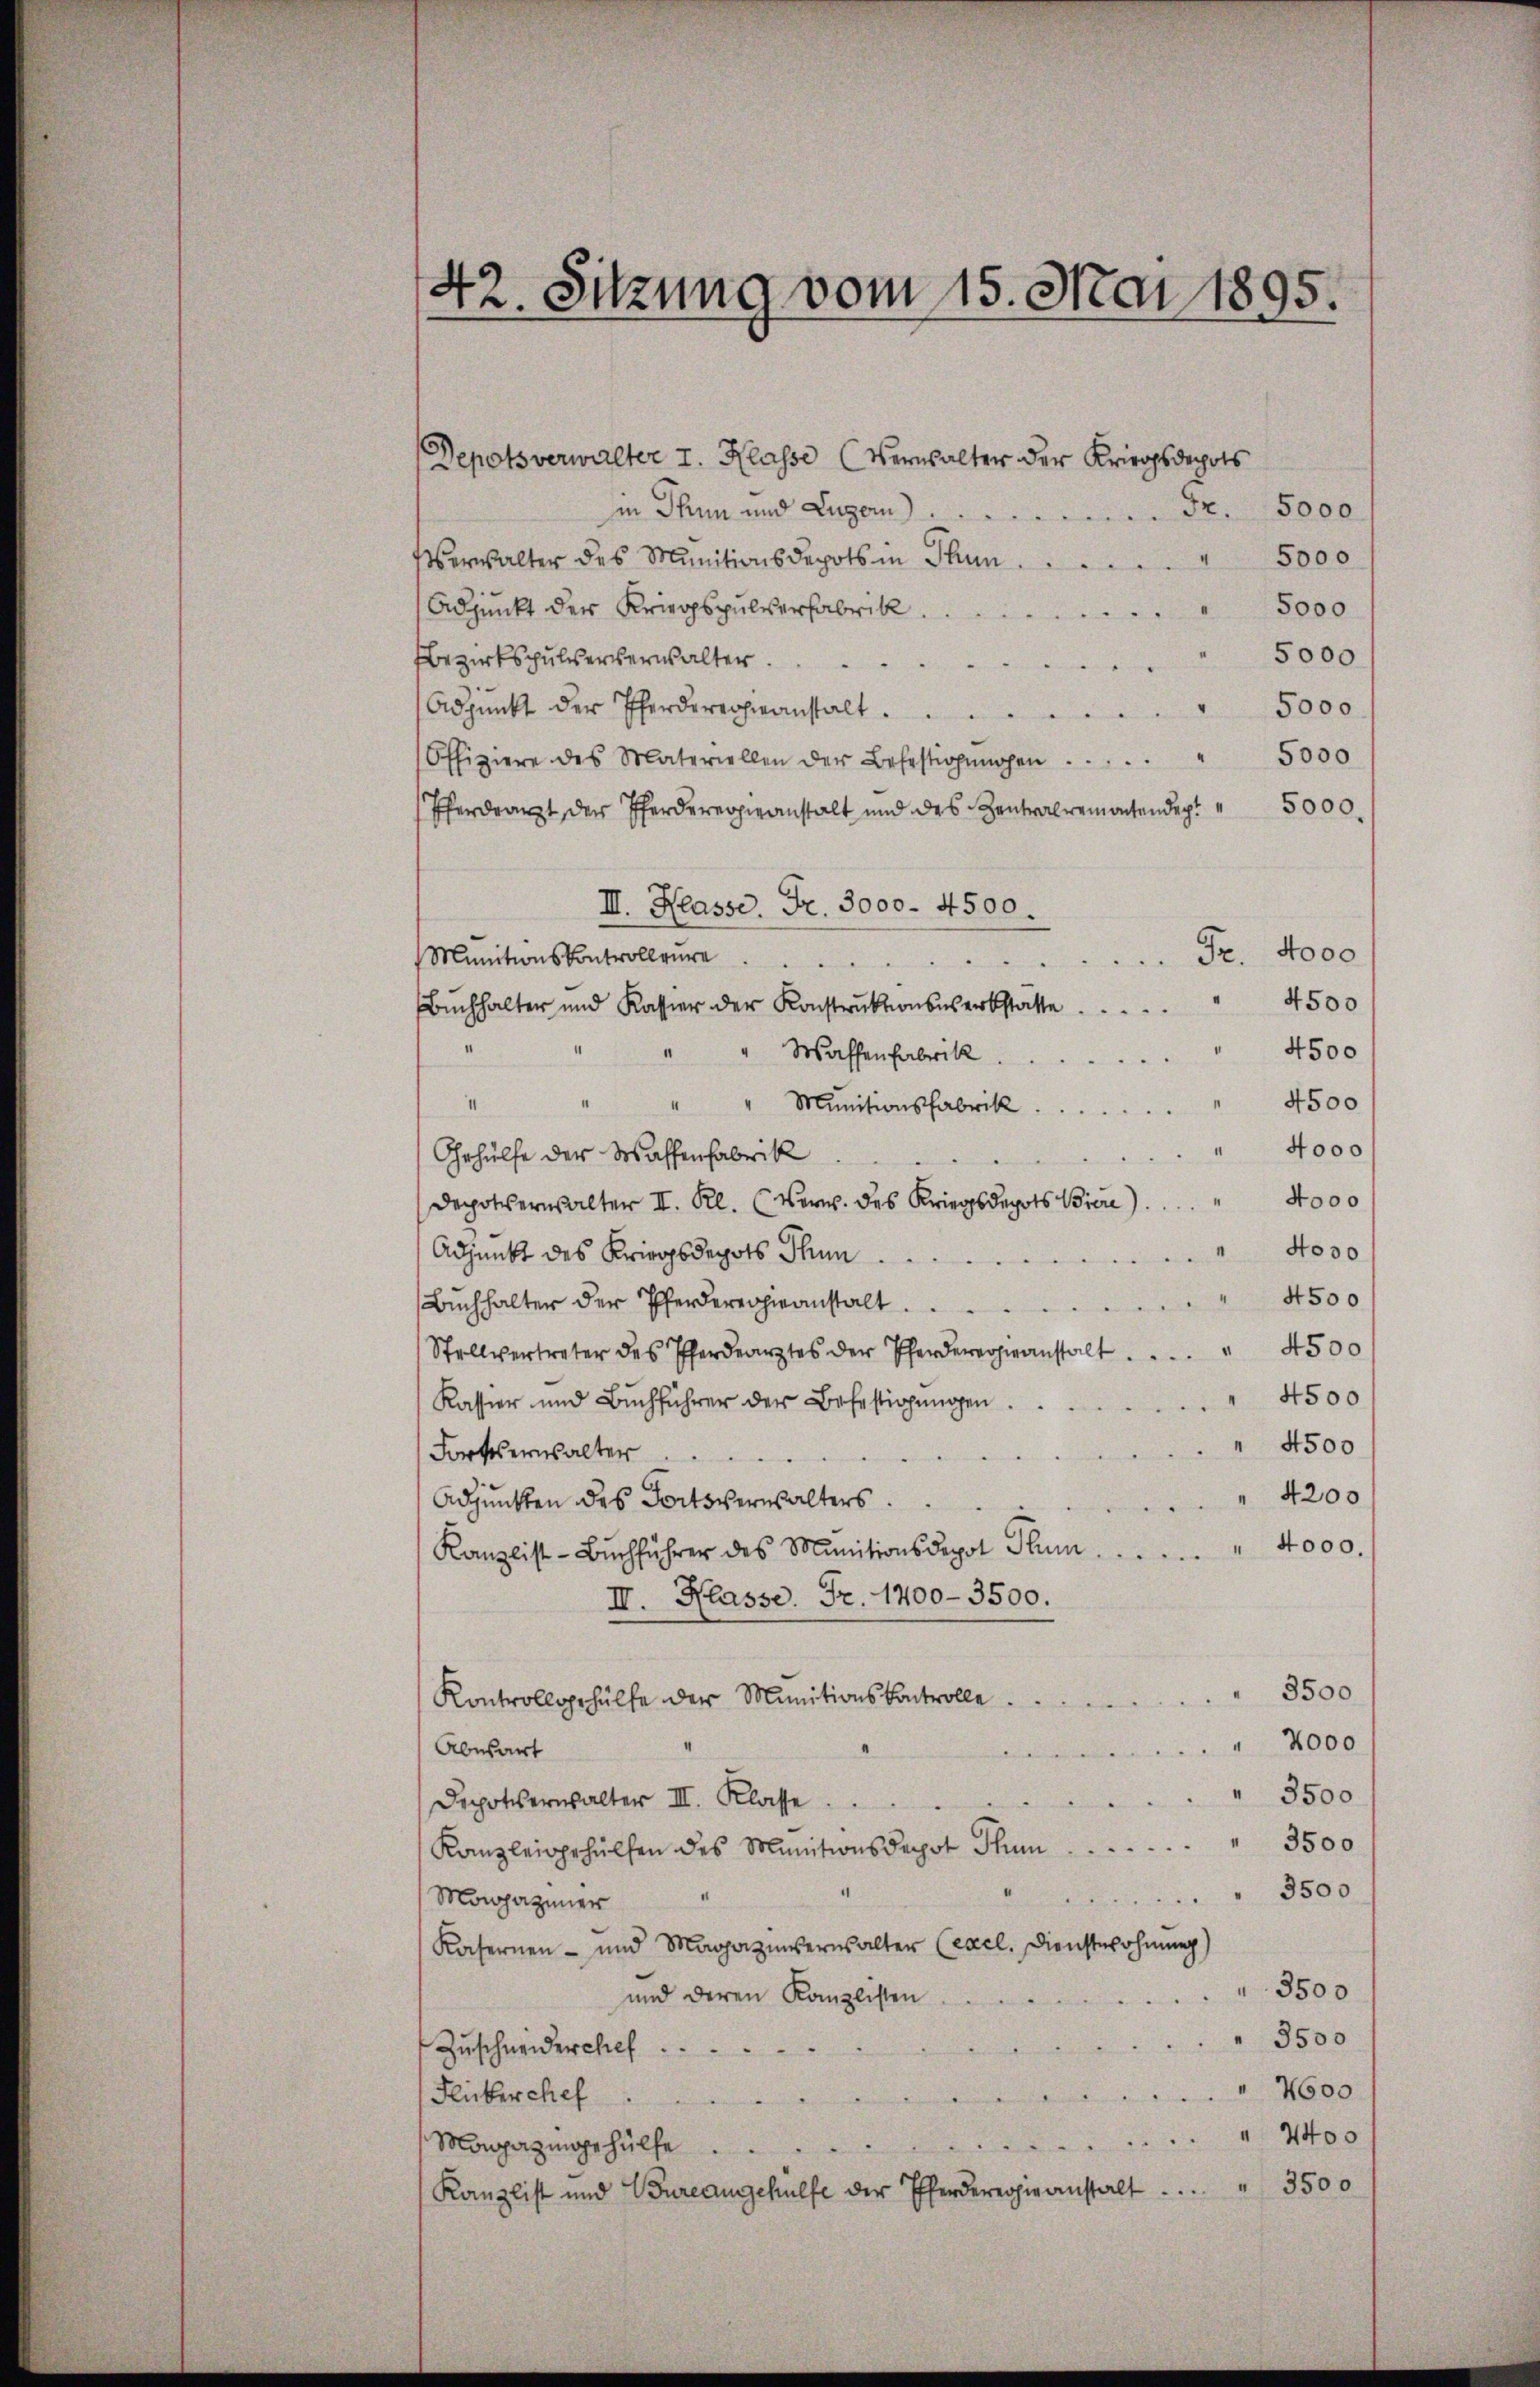
42. Sitzung vom 15. Mai 1895.

Depotsverwalter I. Klasse (Verwalter der Kriegsdepots
in Thun und Luzern 2. 5000
Verwalter des Munitionsdepots in Thun . . . . . . 5000
Adjunkt der Kriegspulverfabrik. 5000
5000
Bezirkspulserverwalter.
5000
Adpunkt der Pferdererheeanstalt
Offiziere des Materiellen der Befestigungen . . . . . 5000
Pferdearzt der Pferdererpieanstalt und des Zentralemachendep. " 5000.
III. Klasse. Fr. 3000. 4500.
Fr. 4000
Munitionskontrolleure
" 4500
Buchhalter und Kassier der Konstruktionswerkstatte
4500
Waffenfabrik
4500
1
" Munitionsfabrik
4000
Gehülfe der Waffenfabrik
4000
Depoterwalter II. Kl. (Ver. des Kriegsdepots Biere).
4030
Adjunkt des Kriegsdepots Thun
4500
Bŭchhalter der Pferdererhieanstalt
4500
Stellvertreter des Pferdearztes der Pferderanstalt
4500
Kassier und Buchführer der Befestigungen.
4500
Fortseinsalter
4200
Adjunkten des Fortsverwalters.
4000.
Kanzlist-Buchführer des Munitionsdepot Stum
II. Klasse. Fr. 1400-3500.
3500
Kontrollgehülfe der Munitionskontrolle.
2000
Abwart
" 3500
Depotsverwalter III. Klasse
" 3500
Kanzleigehülfen des Munitionsdepot Thu
3500
Magaziner
Kasernen- und Magazinsernsalter (Excl. Dienstwohnung)
3500
und deren Kanzlisten
3500
Zŭschneiderchef
4600
Flüber chef
„ 4400

Magazingehülfe
3500
Kanzlist und Bureaugehülfe der Pferdererhieanstalt